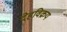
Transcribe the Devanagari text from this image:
देहविक्रय